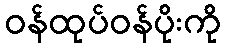
ဝန်ထုပ်ဝန်ပိုးကို